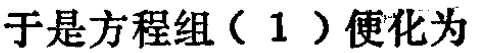
于是方程组（1）便化为